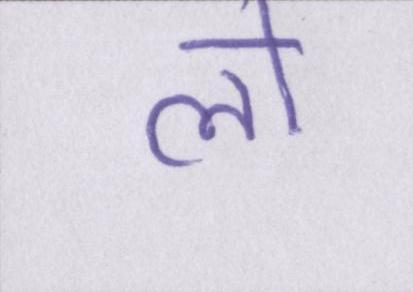
लो